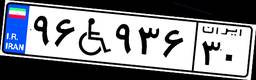
۹۶W۹۳۶۳۰